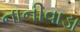
નાનીવાડા